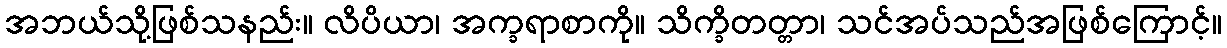
အဘယ်သို့ဖြစ်သနည်း။ လိပိယာ၊ အက္ခရာစာကို။ သိက္ခိတတ္တာ၊ သင်အပ်သည်အဖြစ်ကြောင့်။